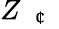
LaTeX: Z_{\mathrm{~\textit~{~\textcent~}~}}